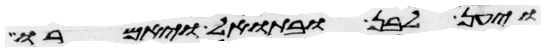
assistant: ויען לבן ובתואל ויאמרו